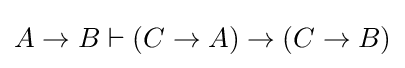
A\to B\vdash (C\to A)\to (C\to B)